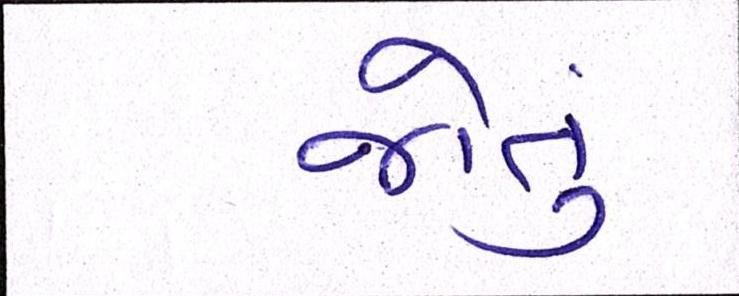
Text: જોતું